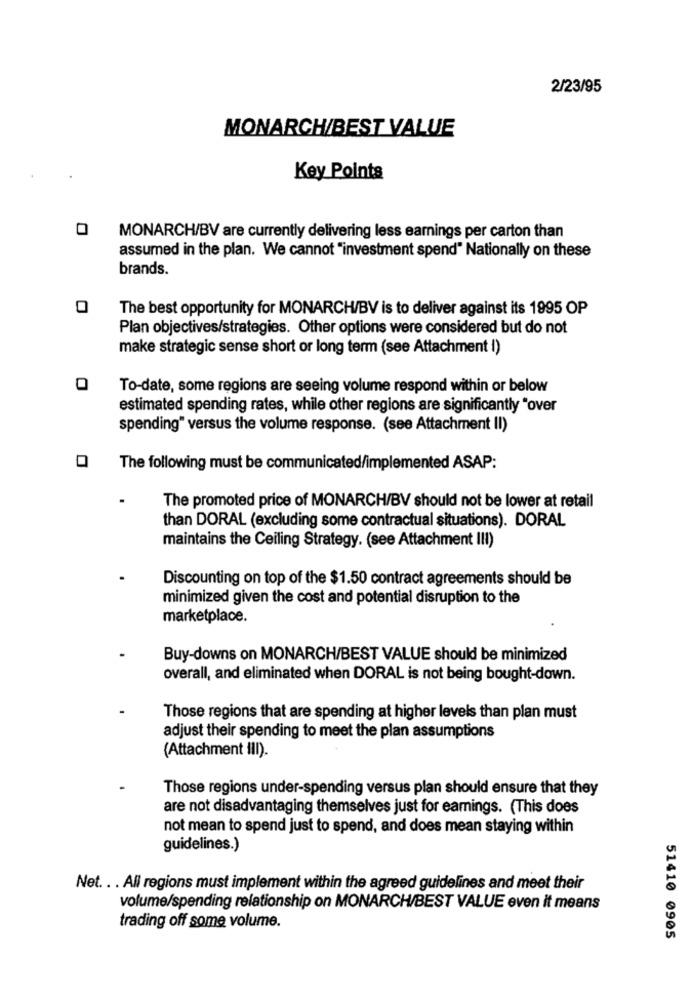
2/23/95
MONARCH/BEST VALUE
Key Points
0
MONARCH/BV are currently delivering less earnings per carton than
assumed in the plan. We cannot "investment spend" Nationally on these
brands.
O
The best opportunity for MONARCH/BV is to deliver against its 1995 OP
Plan objectives/strategies. Other options were considered but do not
make strategic sense short or long term (see Attachment i)
To-date, some regions are seeing volume respond within or below
estimated spending rates, while other regions are significantly "over
spending" versus the volume response. (see Attachment II)
The following must be communicated/implemented ASAP:
The promoted price of MONARCH/BV should not be lower at retail
than DORAL (excluding some contractual situations). DORAL
maintains the Ceiling Strategy. (see Attachment III)
Discounting on top of the $1.50 contract agreements should be
minimized given the cost and potential disruption to the
marketplace.
Buy-downs on MONARCH/BEST VALUE should be minimized
overall, and eliminated when DORAL is not being bought-down.
Those regions that are spending at higher levels than plan must
adjust their spending to meet the plan assumptions
(Attachment ilI).
Those regions under-spending versus plan should ensure that they
are not disadvantageng themselves just for earnings. (This does
not mean to spend just to spend, and does mean staying within
guidelines.)
Net. . . All regions must implement within the agreed guidelines and meet their
volume/spending relationship on MONARCH/BEST VALUE even it means
trading off some volume.
51410 0905